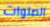
الصلوات